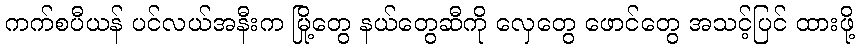
ကက်စပီယန် ပင်လယ်အနီးက မြို့တွေ နယ်တွေဆီကို လှေတွေ ဖောင်တွေ အသင့်ပြင် ထားဖို့